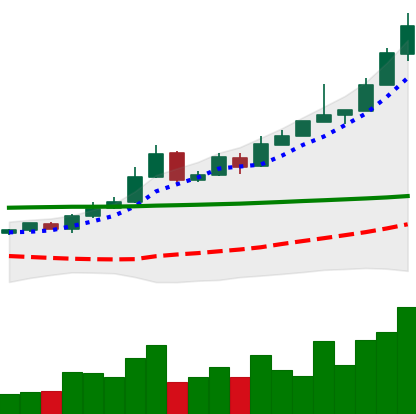
Ticker: BTC-USD
Chart end date: 2015-10-29
Forward return: 28.536%
Label: up_7plus